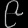
Digit: ၉